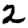
Digit: 2